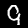
Label: 9